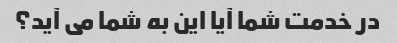
در خدمت شما آیا این به شما می آید؟